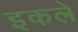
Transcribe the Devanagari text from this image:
इकले